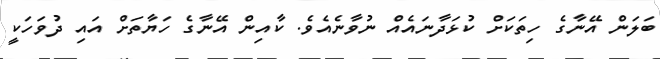
ބަލަން އޭނާގެ ހިތަކަށް ކުޅަދާނައެއް ނުވާނެއެވެ. ކާއިން އޭނާގެ ހަޔާތަށް އައި ދުވަހަކީ